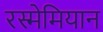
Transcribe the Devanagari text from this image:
रस्मेमियान